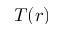
T ( r )